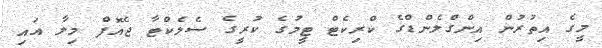
މީގެ އިތުރުން އިންގްލެންޑްގެ ކްރިކެޓް ޓީމުގެ ކުރީގެ ސެލެކްޓާ ޖެއޮފް މިލާ އައި